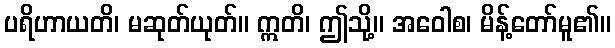
ပရိဟာယတိ၊ မဆုတ်ယုတ်။ ဣတိ၊ ဤသို့။ အဝေါစ၊ မိန့်တော်မူ၏။